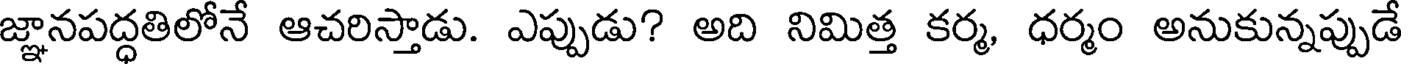
జ్ఞానపద్ధతిలోనే ఆచరిస్తాడు. ఎప్పుడు? అది నిమిత్త కర్మ, ధర్మం అనుకున్నప్పుడే